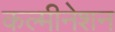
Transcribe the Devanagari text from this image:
कल्मीनेशन